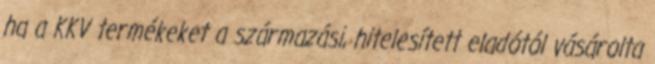
ha a KKV termékeket a származási, hitelesített eladótól vásárolta